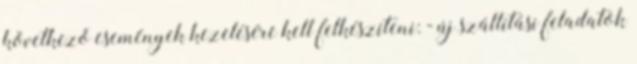
következő események kezelésére kell felkészíteni: - új szállítási feladatok